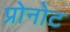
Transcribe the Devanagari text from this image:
प्रोनोट